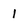
Character: 1